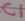
Text: C1